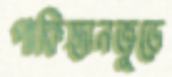
পাকিস্তানজুড়ে